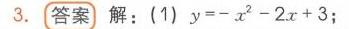
\(3.\) **答案** 解：\((1)y=-x^{2}-2x + 3\)；